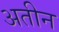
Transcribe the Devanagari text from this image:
अतीन